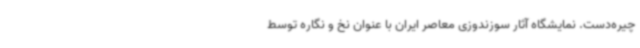
چیره‌دست. نمایشگاه آثار سوزندوزی معاصر ایران با عنوان نخ و نگاره توسط